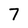
Character: 7